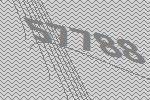
57788